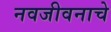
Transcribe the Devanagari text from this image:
नवजीवनाचे